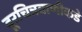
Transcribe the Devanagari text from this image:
दूरचित्रवाणीकडे